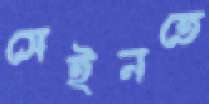
সেইনতে